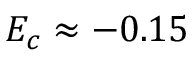
E _ { c } \approx - 0 . 1 5